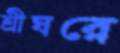
শ্রীঘরে